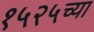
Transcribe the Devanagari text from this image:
१५२५च्या